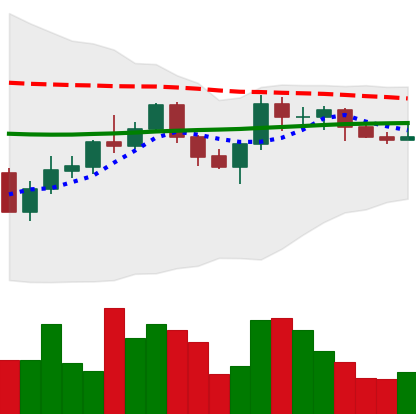
Ticker: XMR-USD
Chart end date: 2022-06-06
Forward return: -12.356%
Label: down_7plus